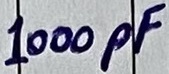
Text: 1000pF